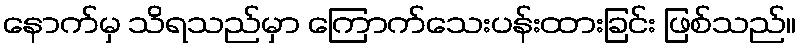
နောက်မှ သိရသည်မှာ ကြောက်သေးပန်းထားခြင်း ဖြစ်သည်။